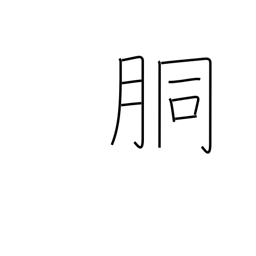
Meaning: trunk